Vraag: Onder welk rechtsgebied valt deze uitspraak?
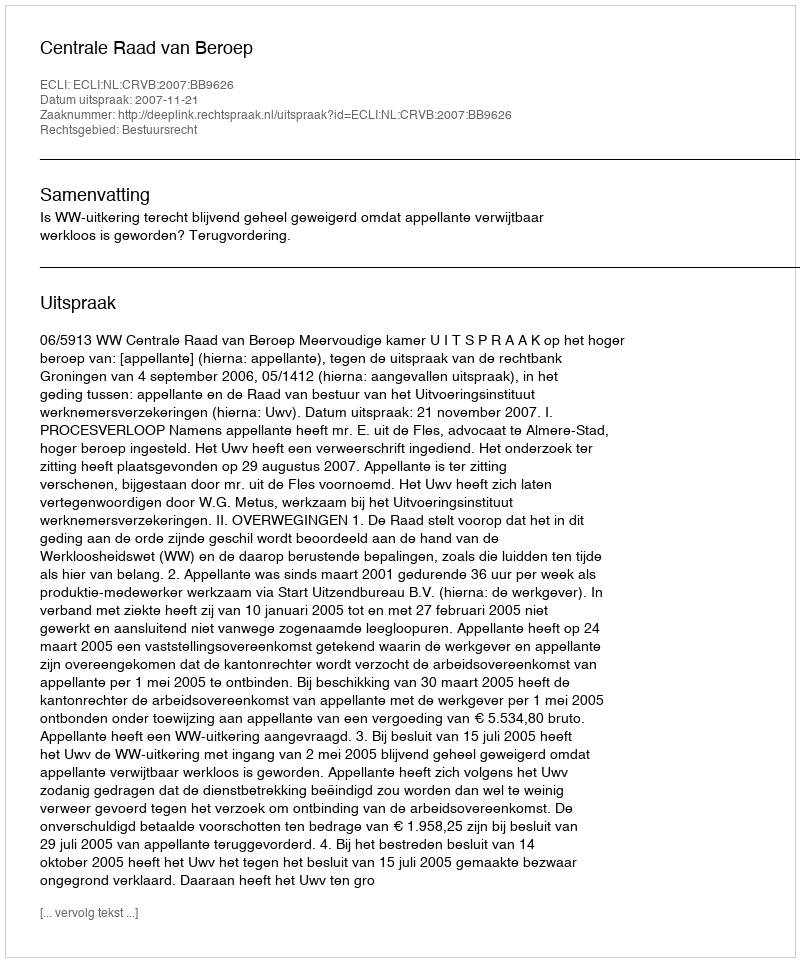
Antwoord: Bestuursrecht